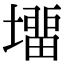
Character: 㙧